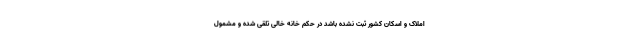
املاک و اسکان کشور ثبت نشده باشد در حکم خانه‌ خالی تلقی شده و مشمول